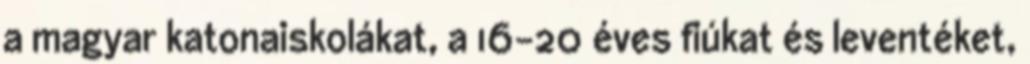
a magyar katonaiskolákat, a 16-20 éves fiúkat és leventéket,